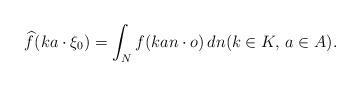
LaTeX: \begin{align*}\widehat f(ka\cdot\xi_0)=\int_N f(kan\cdot o)\,dn(k\in K,\,a\in A).\end{align*}